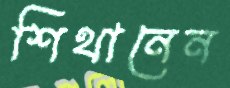
শিথানেন